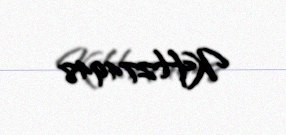
KH274948